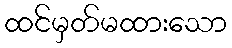
ထင်မှတ်မထားသော